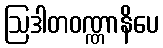
ဩဒါတဝဏ္ဏာနိပေ